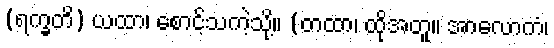
(ရက္ခတိ) ယထာ၊ စောင့်သကဲ့သို့။ (တထာ၊ ထိုအတူ။ အာလောကံ၊